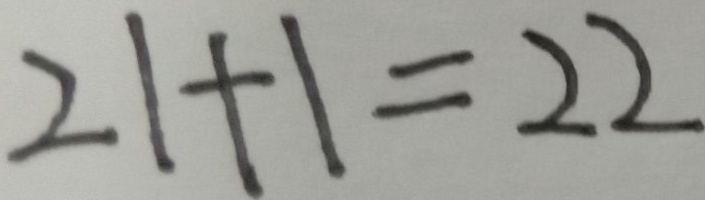
2 1 + 1 = 2 2